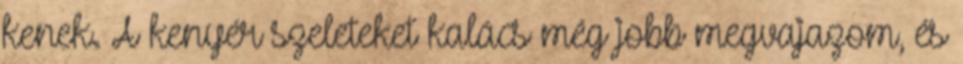
kenek. A kenyér szeleteket kalács még jobb megvajazom, és